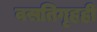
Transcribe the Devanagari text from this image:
वसतिगृहही